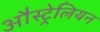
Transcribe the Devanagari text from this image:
औस्ट्रेलियन